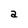
Character: a